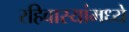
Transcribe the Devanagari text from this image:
रहिवास्यांमध्ये